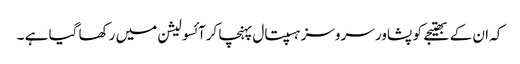
کہ ان کے بھتیجے کو پشاور سروسز ہسپتال پہنچا کرآئسولیشن میں رکھا گیا ہے ۔